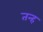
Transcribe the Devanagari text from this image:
तन्ह